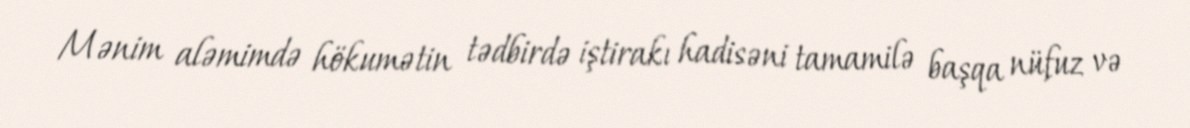
Mənim aləmimdə hökumətin tədbirdə iştirakı hadisəni tamamilə başqa nüfuz və